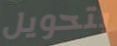
بتحويل